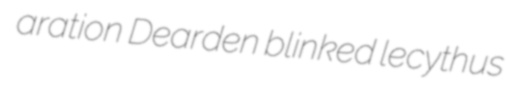
aration Dearden blinked lecythus